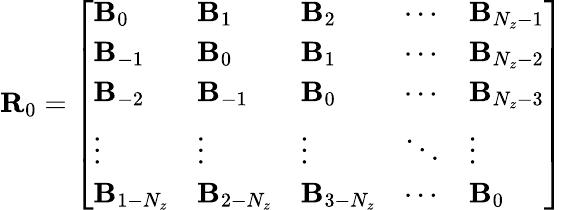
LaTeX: \textbf{R}_{0}=\left[\begin{array}{lllll}{\textbf{B}_{0}}&{\textbf{B}_{1}}&{\textbf{B}_{2}}&{\cdots}&{\textbf{B}_{N_{z}-1}}\\ {\textbf{B}_{-1}}&{\textbf{B}_{0}}&{\textbf{B}_{1}}&{\cdots}&{\textbf{B}_{N_{z}-2}}\\ {\textbf{B}_{-2}}&{\textbf{B}_{-1}}&{\textbf{B}_{0}}&{\cdots}&{\textbf{B}_{N_{z}-3}}\\ {\vdots}&{\vdots}&{\vdots}&{\ddots}&{\vdots}\\ {\textbf{B}_{1-N_{z}}}&{\textbf{B}_{2-N_{z}}}&{\textbf{B}_{3-N_{z}}}&{\cdots}&{\textbf{B}_{0}}\end{array}\right]